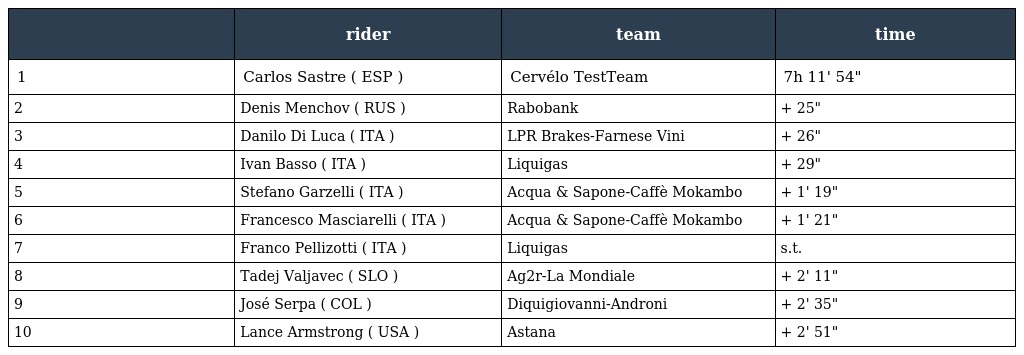
|  | rider | team | time |
 | --- | --- | --- | --- |
 | 1 | Carlos Sastre ( ESP ) | Cervélo TestTeam | 7h 11' 54" |
 | 2 | Denis Menchov ( RUS ) | Rabobank | + 25" |
 | 3 | Danilo Di Luca ( ITA ) | LPR Brakes-Farnese Vini | + 26" |
 | 4 | Ivan Basso ( ITA ) | Liquigas | + 29" |
 | 5 | Stefano Garzelli ( ITA ) | Acqua & Sapone-Caffè Mokambo | + 1' 19" |
 | 6 | Francesco Masciarelli ( ITA ) | Acqua & Sapone-Caffè Mokambo | + 1' 21" |
 | 7 | Franco Pellizotti ( ITA ) | Liquigas | s.t. |
 | 8 | Tadej Valjavec ( SLO ) | Ag2r-La Mondiale | + 2' 11" |
 | 9 | José Serpa ( COL ) | Diquigiovanni-Androni | + 2' 35" |
 | 10 | Lance Armstrong ( USA ) | Astana | + 2' 51" |